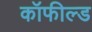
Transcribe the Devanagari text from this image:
कॉफील्ड